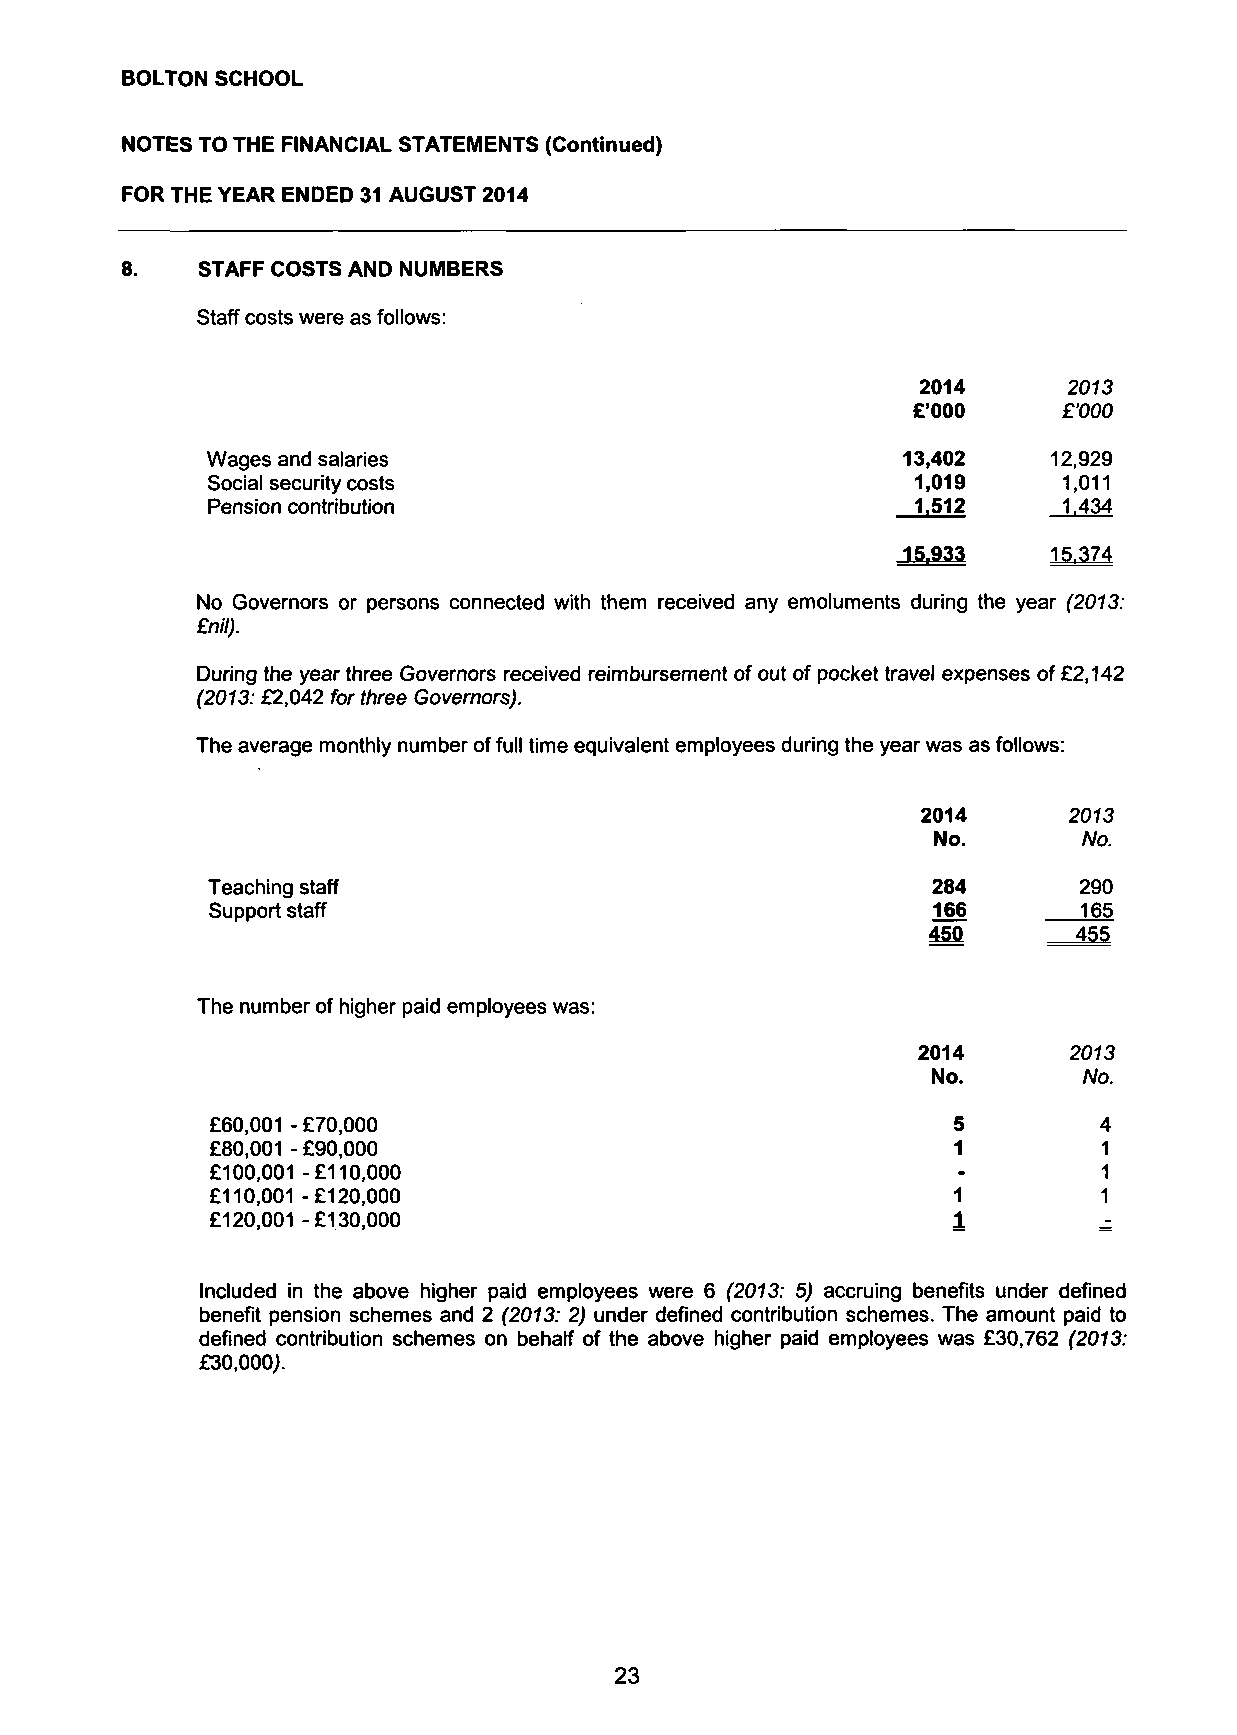
BOLTON SCHOOL
 NOTES TO THE FINANCIAL STATEMENTS (Continued)
 FOR THE YEAR ENDED 31 AUGUST 2014
 8.   STAFF COSTS AND NUMBERS
 Staff costs were as follows:
 2014      2013
 £'000     £'000
 Wages and salaries                            13,402    12,929
 Social security costs                          1,019    1,011
 Pension contribution                           1.512    1.434
 15,933    15.374
 No Governors or persons connected with them received any emoluments during the year (2013:
 £nil).
 During the year three Governors received reimbursement of out of pocket travel expenses of £2,142
 (2013: £2,042 for three Governors).
 The average monthly number of full time equivalent employees during the year was as follows:
 2014      2073
 No.       No.
 Teaching staff                                  284      290
 Support staff                                   166       165
 4JQ       455
 The number of higher paid employees was:
 2014      2073
 No.       No.
 £60,001 - £70,000                                5         4
 £80,001 - £90,000                                1         1
 £100,001 -£110,000                               -         1
 £110,001-£120,000                                1         1
 £120,001 -£130,000                               1         -
 Included in the above higher paid employees were 6 (2013: 5) accruing benefits under defined
 benefit pension schemes and 2 (2013: 2) under defined contribution schemes. The amount paid to
 defined contribution schemes on behalf of the above higher paid employees was £30,762 (2013:
 £30,000;.
 23